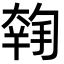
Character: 𡙳